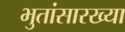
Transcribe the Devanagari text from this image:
भुतांसारख्या